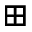
\boxplus